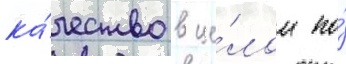
ка́чество в це́лом по́